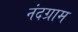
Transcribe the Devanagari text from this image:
नंदग्राम